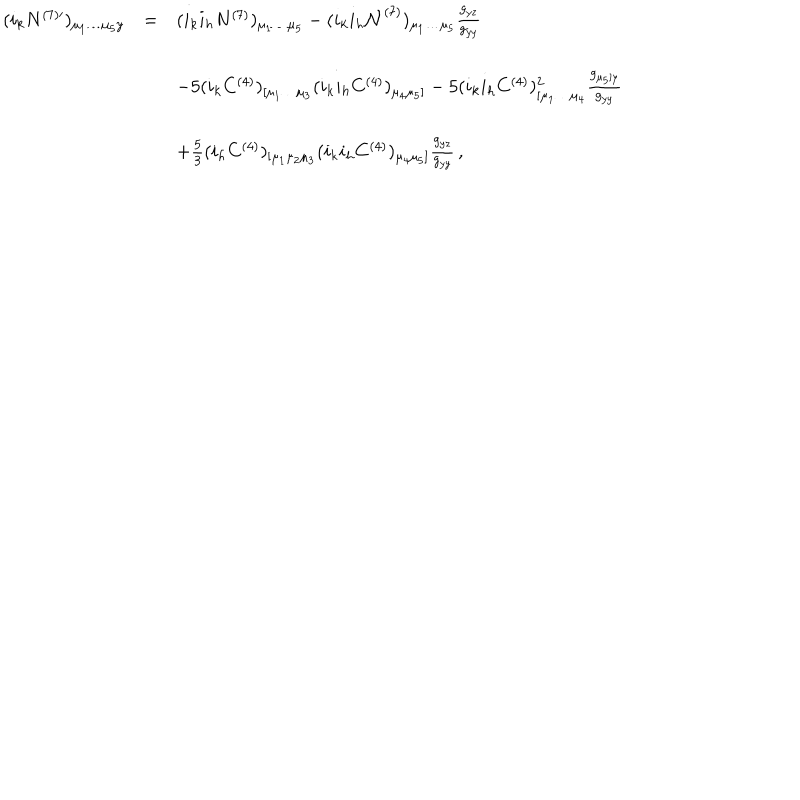
LaTeX: \begin{array} { r c l } { { ( i _ { k } N ^ { ( 7 ) \prime } ) _ { \mu _ { 1 } \dots \mu _ { 5 } y } } } & { { = } } & { { ( i _ { k } i _ { h } N ^ { ( 7 ) } ) _ { \mu _ { 1 } \dots \mu _ { 5 } } - ( i _ { k } i _ { h } { \cal N } ^ { ( 7 ) } ) _ { \mu _ { 1 } \dots \mu _ { 5 } } \frac { g _ { y z } } { g _ { y y } } } } \\ { { } } & { { } } & { { } } \\ { { } } & { { } } & { { - 5 ( i _ { k } C ^ { ( 4 ) } ) _ { [ \mu _ { 1 } \dots \mu _ { 3 } } ( i _ { k } i _ { h } C ^ { ( 4 ) } ) _ { \mu _ { 4 } \mu _ { 5 } ] } - 5 ( i _ { k } i _ { h } C ^ { ( 4 ) } ) _ { [ \mu _ { 1 } \dots \mu _ { 4 } } ^ { 2 } \frac { g _ { \mu _ { 5 } ] y } } { g _ { y y } } } } \\ { { } } & { { } } & { { } } \\ { { } } & { { } } & { { + \frac 5 3 ( i _ { h } C ^ { ( 4 ) } ) _ { [ \mu _ { 1 } \mu _ { 2 } \mu _ { 3 } } ( i _ { k } i _ { h } C ^ { ( 4 ) } ) _ { \mu _ { 4 } \mu _ { 5 } ] } \frac { g _ { y z } } { g _ { y y } } \, , } } \\ \end{array}